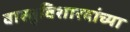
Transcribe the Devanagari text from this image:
वास्तुविशारदांच्या